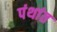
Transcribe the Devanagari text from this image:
पंथांत